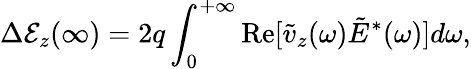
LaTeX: \Delta\mathcal{E}_{z}(\infty)=2q\int_{0}^{+\infty}\mathrm{Re}[\tilde{v}_{z}(\omega)\tilde{E}^{*}(\omega)]d\omega,